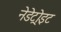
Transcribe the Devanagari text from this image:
नेडेट्रोइट